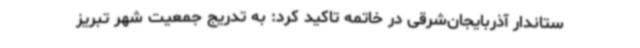
ستاندار آذربایجان‌شرقی در خاتمه تاکید کرد: به تدریج جمعیت شهر تبریز